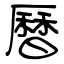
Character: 曆